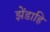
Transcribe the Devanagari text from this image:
झेंडाहि